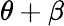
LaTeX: \theta+\beta